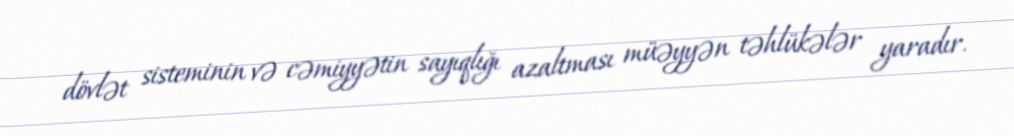
dövlət sisteminin və cəmiyyətin sayıqlığı azaltması müəyyən təhlükələr yaradır.